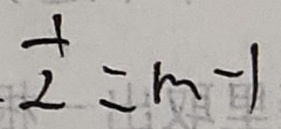
\frac { 1 } { 2 } = m - 1